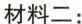
材料二：